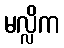
မလ္လိက